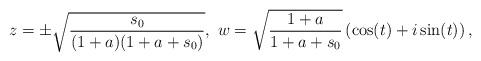
LaTeX: \begin{align*}z = \pm \sqrt{\frac{s_0}{(1+a)(1+a+s_0)}},\ w = \sqrt{\frac{1+a}{1+a+s_0}} \left(\cos(t) + i \sin (t)\right),\end{align*}